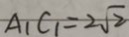
A _ { 1 } C _ { 1 } = 2 \sqrt { 2 }